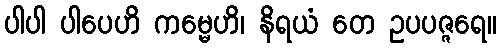
ပါပါ ပါပေဟိ ကမ္မေဟိ၊ နိရယံ တေ ဥပပဇ္ဇရေ။